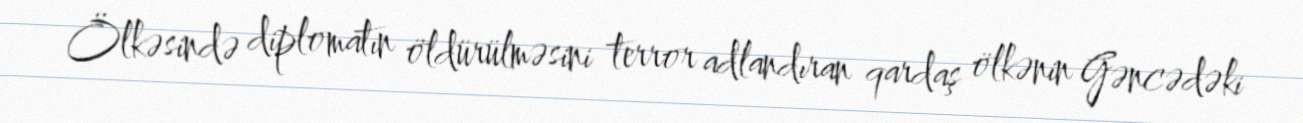
Ölkəsində diplomatın öldürülməsini terror adlandıran qardaş ölkənin Gəncədəki